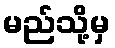
မည်သို့မှ